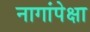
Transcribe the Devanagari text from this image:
नागांपेक्षा